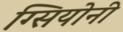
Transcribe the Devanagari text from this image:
ग्सियोनी